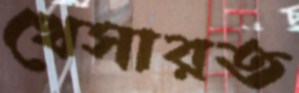
খেসারত